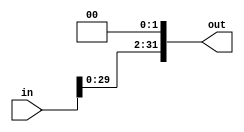

module shift_left_twice 
#(parameter WIDTH =32 ) (
                          input  [WIDTH-1:0] in,
                          output [WIDTH-1:0] out
); 
assign out=in<<2;

endmodule